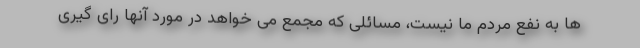
ها به نفع مردم ما نیست، مسائلی که مجمع می خواهد در مورد آنها رای گیری